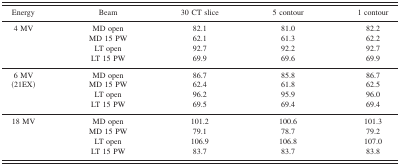
<table><thead><tr><td><b>Energy</b></td><td><b>Beam</b></td><td><b>30 CT slice</b></td><td><b>5 contour</b></td><td><b>1 contour</b></td></tr></thead><tbody><tr><td>4 MV</td><td>MD open</td><td>82.1</td><td>81.0</td><td>82.2</td></tr><tr><td></td><td>MD 15 PW</td><td>62.1</td><td>61.3</td><td>62.2</td></tr><tr><td></td><td>LT open</td><td>92.7</td><td>92.2</td><td>92.7</td></tr><tr><td></td><td>LT 15 PW</td><td>69.9</td><td>69.6</td><td>69.9</td></tr><tr><td>6 MV</td><td>MD open</td><td>86.7</td><td>85.8</td><td>86.7</td></tr><tr><td>(21EX)</td><td>MD 15 PW</td><td>62.4</td><td>61.8</td><td>62.5</td></tr><tr><td></td><td>LT open</td><td>96.2</td><td>95.9</td><td>96.0</td></tr><tr><td></td><td>LT 15 PW</td><td>69.5</td><td>69.4</td><td>69.4</td></tr><tr><td>18 MV</td><td>MD open</td><td>101.2</td><td>100.6</td><td>101.3</td></tr><tr><td></td><td>MD 15 PW</td><td>79.1</td><td>78.7</td><td>79.2</td></tr><tr><td></td><td>LT open</td><td>106.9</td><td>106.8</td><td>107.0</td></tr><tr><td></td><td>LT 15 PW</td><td>83.7</td><td>83.7</td><td>83.8</td></tr></tbody></table>